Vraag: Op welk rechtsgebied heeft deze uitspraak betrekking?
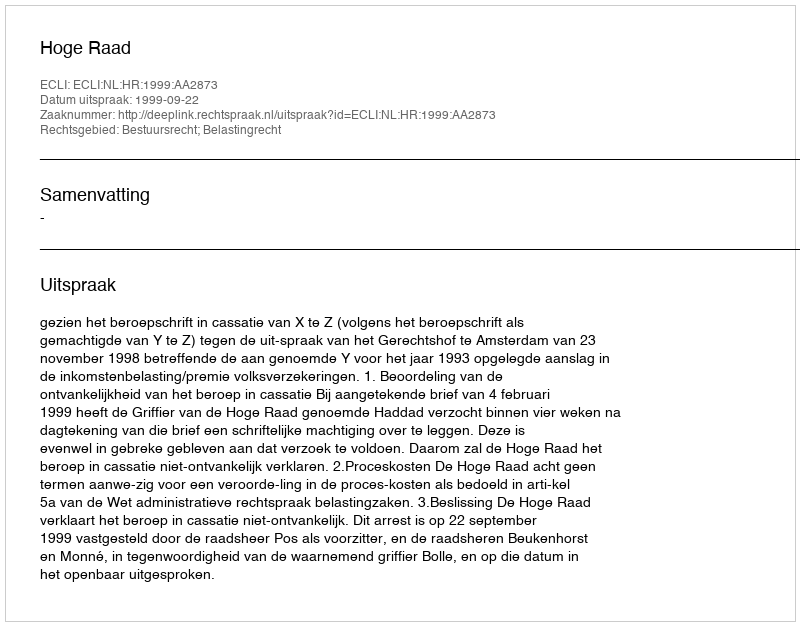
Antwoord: Bestuursrecht; Belastingrecht